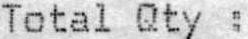
TOTAL QTY :